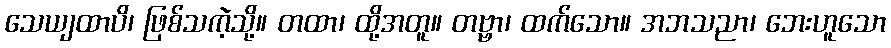
သေယျထာပိ၊ ဖြစ်သကဲ့သို့။ တထာ၊ ထို့အတူ။ တဗ္ဗာ၊ ထက်သော။ အဘသညာ၊ ဘေးဟူသော